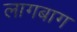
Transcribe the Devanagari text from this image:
लागबाग